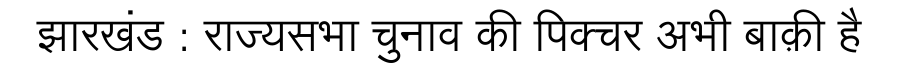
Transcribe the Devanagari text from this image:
झारखंड : राज्यसभा चुनाव की पिक्चर अभी बाक़ी है